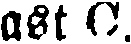
ast C.